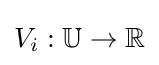
V_{i}:\mathbb {U} \to \mathbb {R}